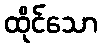
ထိုင်သော